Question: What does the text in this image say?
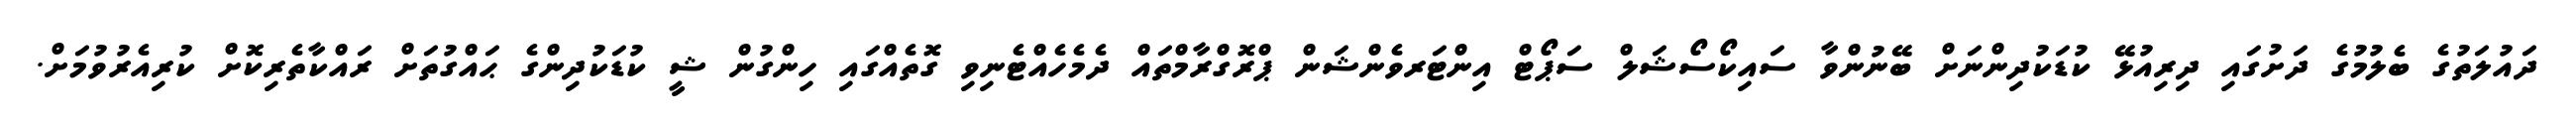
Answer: ދައުލަތުގެ ބެލުމުގެ ދަށުގައި ދިރިއުޅޭ ކުޑަކުދިންނަށް ބޭނުންވާ ސައިކޯސޯޝަލް ސަޕޯޓް އިންޓަރވެންޝަން ޕްރޮގްރާމްތައް ދެމެހެއްޓެނިވި ގޮތެއްގައި ހިންގުން ޝީ ކުޑަކުދިންގެ ޙައްގުތަށް ރައްކާތެރިކޮށް ކުރިއެރުވުމަށް.